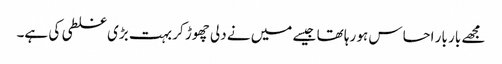
مجھے بار بار احساس ہو رہا تھا جیسے میں نے دلی چھوڑ کر بہت بڑی غلطی کی ہے۔